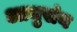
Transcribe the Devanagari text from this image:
आमुसंन